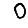
Digit: 0